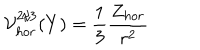
{ \cal V } _ { h o r } ^ { 2 / 3 } ( Y ) = { \frac { 1 } { 3 } } { \frac { Z _ { h o r } } { r ^ { 2 } } }